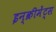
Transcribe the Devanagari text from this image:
इन्‍क्रीमेंट्‌स